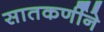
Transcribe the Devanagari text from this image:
सातकर्णीने